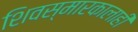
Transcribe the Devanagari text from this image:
शिवस्मारकालाही